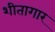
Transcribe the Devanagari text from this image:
शीतागार